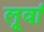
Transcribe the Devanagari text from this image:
लूवां